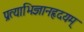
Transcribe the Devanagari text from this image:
प्रत्याभिज्ञानहृदयम्